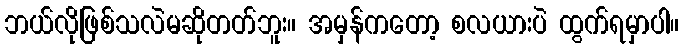
ဘယ်လိုဖြစ်သလဲမဆိုတတ်ဘူး။ အမှန်ကတော့ စလယားပဲ ထွက်ရမှာပါ။